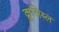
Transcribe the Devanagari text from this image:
क्रूसिब्ल